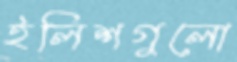
ইলিশগুলো